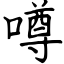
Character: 噂